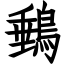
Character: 䳠